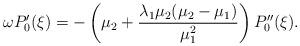
LaTeX: \begin{align*}\omega P_0'(\xi)=-\left(\mu_2+\frac{\lambda_1\mu_2(\mu_2-\mu_1)}{\mu_1^2}\right)P_0''(\xi).\end{align*}